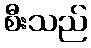
စီးသည်